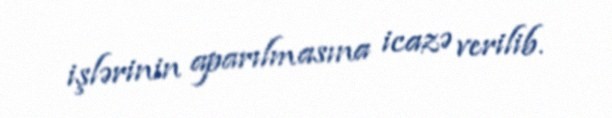
işlərinin aparılmasına icazə verilib.